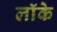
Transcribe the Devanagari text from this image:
लाॅके